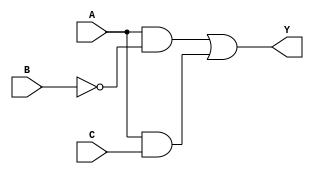
// -----------------------------------
// Jos Alejandro Gara Aguirre
// Digital 
// lab4
// -----------------------------------
// Ejercicio 5 Simplificada /Gate Level Modelling
// -----------------------------------
module t5_S(input wire A, B, C, output wire Y);
  
//   Elementos
 
 wire w1,w2,w3;
// compuertas  
not U1 (w1, B);					//B'
and a1 (w2, A, w1);				//AB'
and a3 (w3, A, C);				//AC
or  o1 (Y, w2,w3);	 			//Salida

endmodule

// -----------------------------------
// Ejercicio 5 SOP / Operadores Logicos
// -----------------------------------
module t5_SOP(input wire A,B,C, output wire Y);	
	
assign Y = (A & ~B & ~C) | (A & ~B & C ) | (A & B & C);
   
endmodule

// -----------------------------------
// Ejercicio 5 POS / Operadores Logicos
// -----------------------------------
module t5_POS(input wire A,B,C, output wire Y);
	
	assign Y = (A | B | C) & (A | B | ~C) & (A | ~B | C) & (~A | ~B | C) & (A | ~B | ~C);
	
endmodule